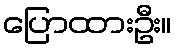
ပြောထားဦး။